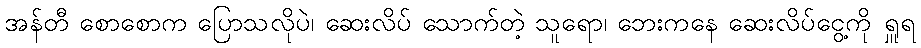
အန်တီ စောစောက ပြောသလိုပဲ၊ ဆေးလိပ် သောက်တဲ့ သူရော၊ ဘေးကနေ ဆေးလိပ်ငွေ့ကို ရှူရ